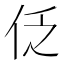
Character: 𠇖